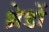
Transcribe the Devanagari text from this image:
थ्रेडों